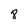
Character: 8